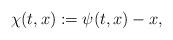
LaTeX: \begin{align*}\chi(t,x):=\psi(t,x)-x,\end{align*}